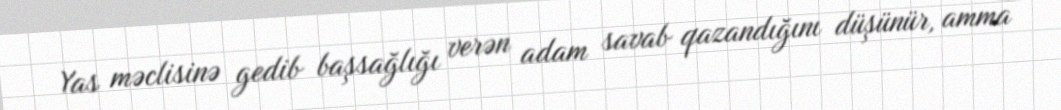
Yas məclisinə gedib başsağlığı verən adam savab qazandığını düşünür, amma